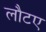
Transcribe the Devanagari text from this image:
लौटए